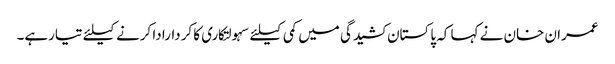
عمران خان نے کہا کہ پاکستان کشیدگی میں کمی کیلئے سہولتکاری کا کردارادا کرنے کیلئے تیارہے۔